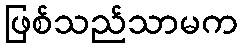
ဖြစ်သည်သာမက